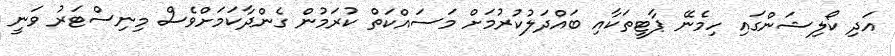
އަދި ކޯލިޝަންގައި ހިމެނޭ ޕާޓީތަކާއި ބައްދަލުކުރުމަށް މަސައްކަތް ކުރަމުން ގެންދާކަމަށްވެސް މިނިސްޓަރު ވަނީ